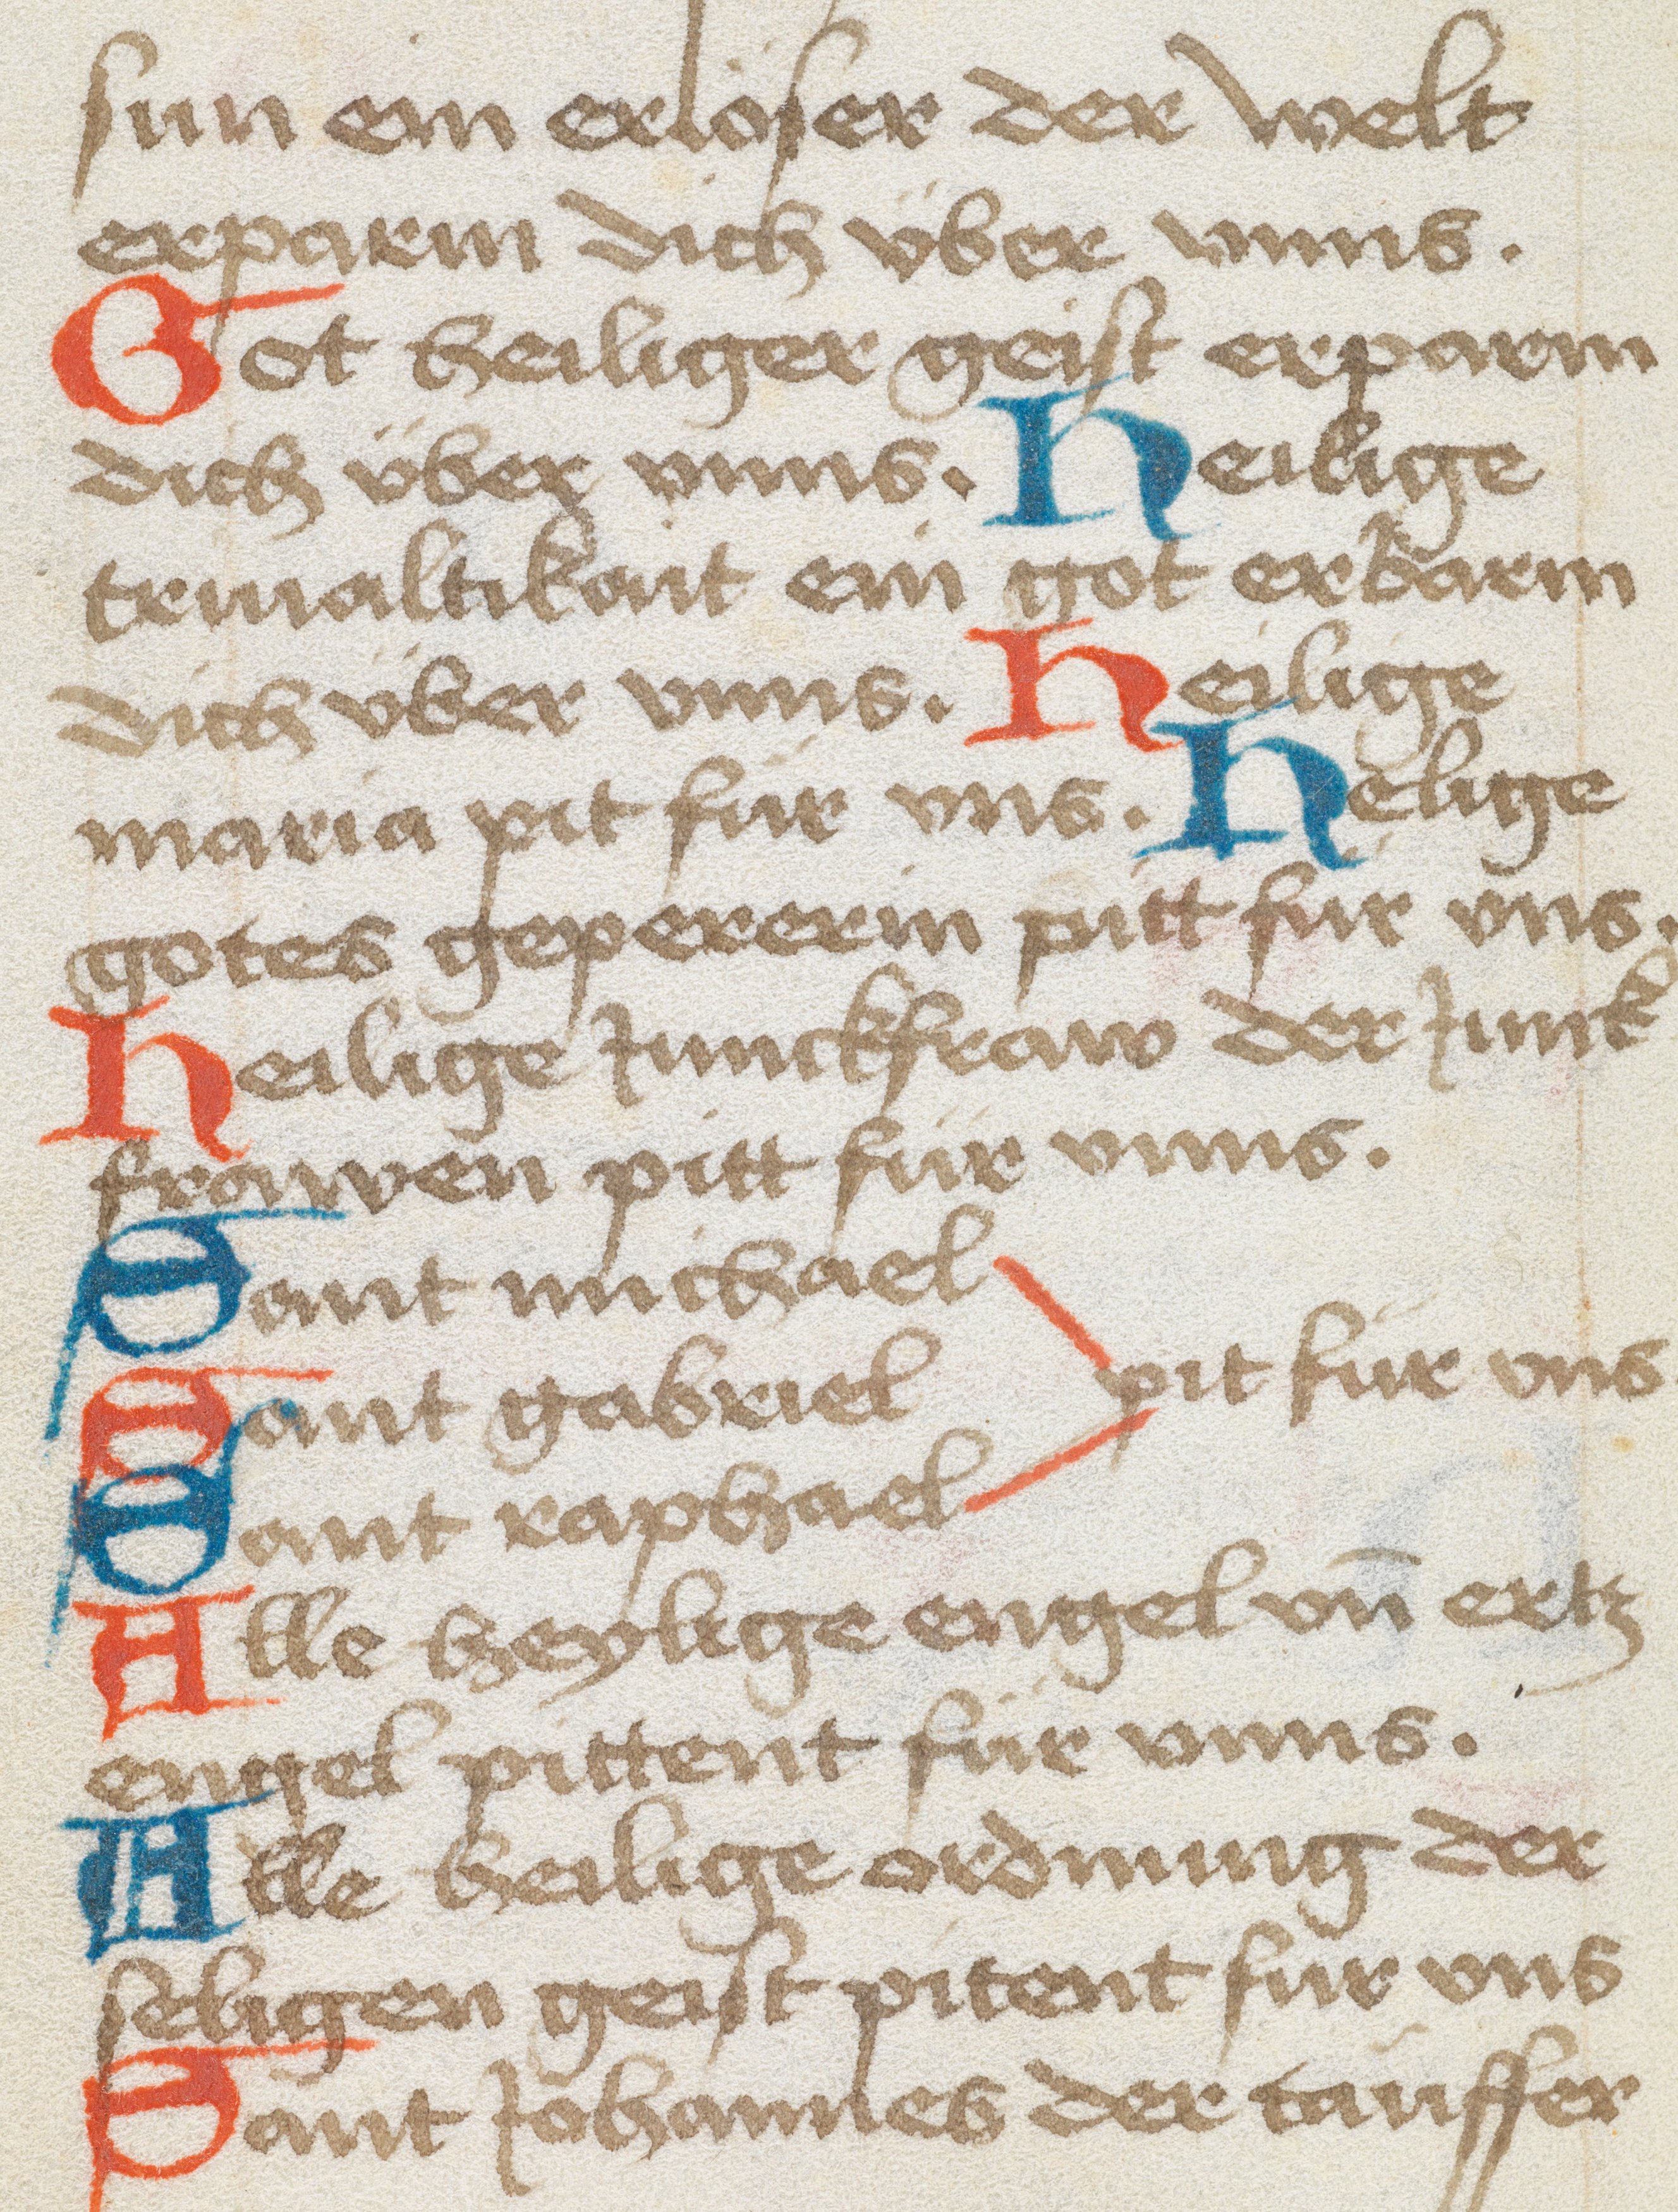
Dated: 1475–1524